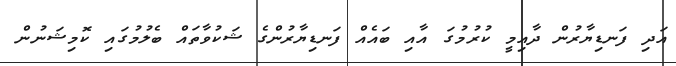
އަދި ފަނޑިޔާރުން ދާއިމީ ކުރުމުގަ އާއި ބައެއް ފަނޑިޔާރުންގެ ޝަކުވާތައް ބެލުމުގައި ކޮމިޝަނުން